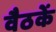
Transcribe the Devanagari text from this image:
वैठकें